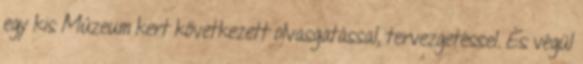
egy kis Múzeum kert következett olvasgatással, tervezgetéssel. És végül